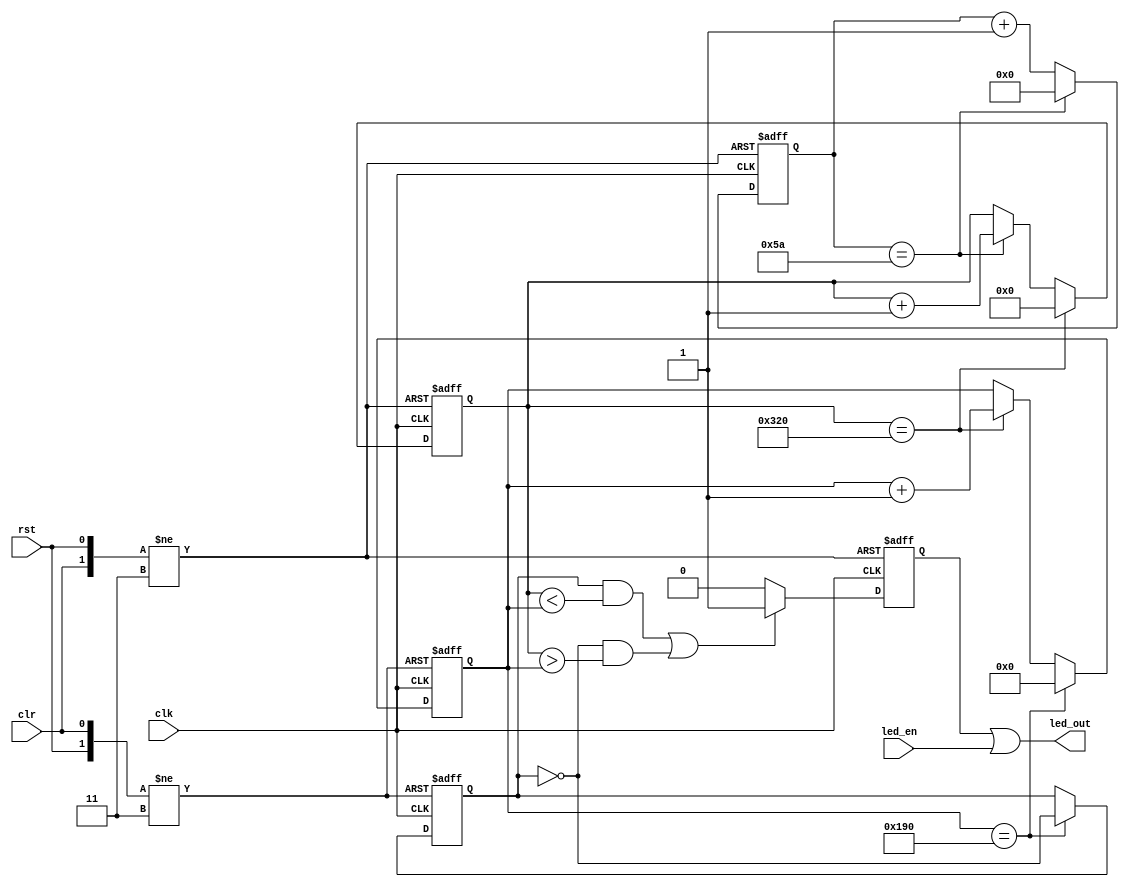

module  Breathing_LED(clk, rst, clr, led_en, led_out);

	input clk, rst, clr, led_en;
	reg [6:0] cnt_90posclk;
	reg [9:0] cnt_3ms;
	reg [8:0] cnt_1200ms;
	reg cnt_1200ms_en;
	reg led;
	
	assign led_out = led || led_en;
	output led_out;

	

	always@(posedge clk or negedge rst or negedge clr)
		begin
			if (!rst)
				cnt_90posclk <= 0;
			else if (!clr)
				cnt_90posclk <= 0;
			else if (cnt_90posclk == 90)		//90
				cnt_90posclk <= 0;
			else
				cnt_90posclk <= cnt_90posclk + 1;
		end
		
	always@(posedge clk or negedge rst or negedge clr)
		begin
			if (!rst)
				cnt_3ms <= 0;
			else if (!clr)
				cnt_3ms <= 0;
			else if (cnt_3ms == 800)			//800
				cnt_3ms <= 0;
			else if (cnt_90posclk == 90)		//90
				cnt_3ms <= cnt_3ms + 1;
		end
 
	always@(posedge clk or negedge rst or negedge clr)
		begin
			if (!rst)
				cnt_1200ms <= 0;
			else if (!clr)
				cnt_1200ms <= 0;
			else if (cnt_1200ms == 400)		//400
				cnt_1200ms <= 0;
			else if (cnt_3ms == 800)			//800
				cnt_1200ms <= cnt_1200ms + 1;
		end

	always@(posedge clk or negedge rst or negedge clr)
		begin
			if (!rst)
				cnt_1200ms_en <= 0;
			else if (!clr)
				cnt_1200ms_en <= 0;
			else if (cnt_1200ms == 400)		//400
				cnt_1200ms_en <= ~cnt_1200ms_en;
		end
				
	always@(posedge clk or negedge rst or negedge clr)
		begin
			if (!rst)
				led <= 1;
			else if (!clr)
				led <= 1;
			else if ((cnt_1200ms_en == 1 && cnt_3ms < cnt_1200ms) || (cnt_1200ms_en == 0 && cnt_3ms > cnt_1200ms))
				led <= 1;
			else
				led <= 0;
		end

 
endmodule